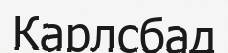
Карлсбад